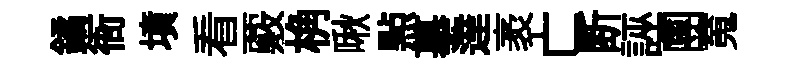
鐍衙墳看覈桷啾㸃摹達袤亡断誣團䰟